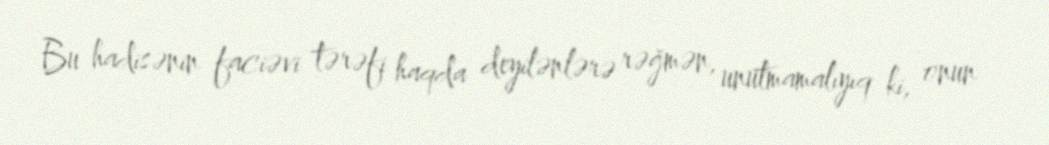
Bu hadisənin faciəvi tərəfi haqda deyilənlərə rəğmən, unutmamalıyıq ki, onun